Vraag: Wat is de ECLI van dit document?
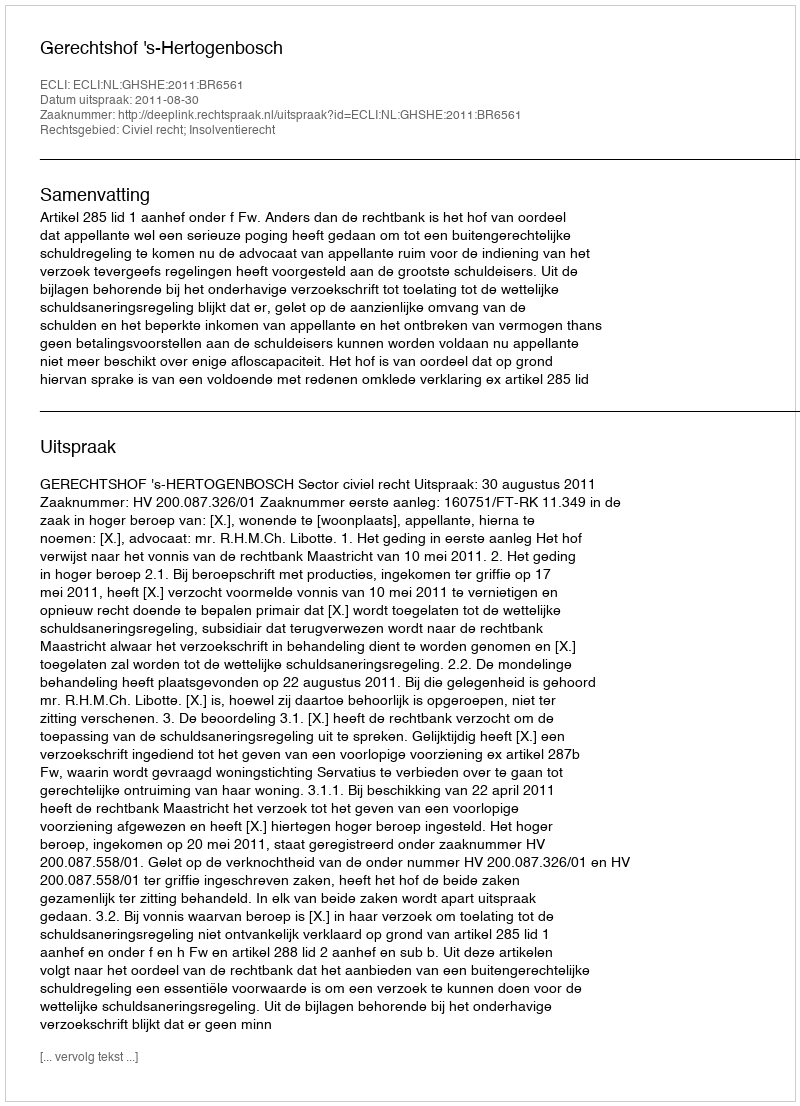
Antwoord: ECLI:NL:GHSHE:2011:BR6561